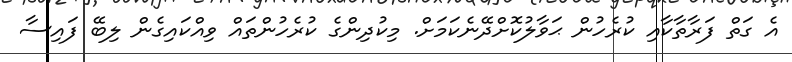
އެ ގަތް ފަރާތާކާއި ކުރެހުން ޙަވާލުކޮށްދޭނެކަމަށް. މިކުދިންގެ ކުރެހުންތައް ވިއްކައިގެން ލިބޭ ފައިސާ